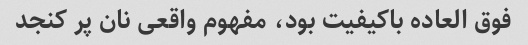
فوق العاده باکیفیت بود، مفهوم واقعی نان پر کنجد